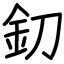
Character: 釖